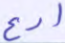
ادع